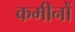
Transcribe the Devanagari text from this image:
कमीनों